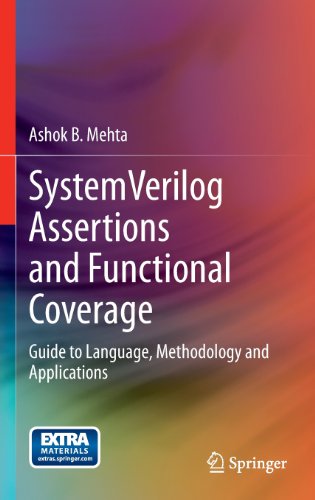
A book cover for SystemVerilog Assertions and Functional Coverage: Guide to Language, Methodology and Applications; Ashok B Mehta; Computers & Technology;